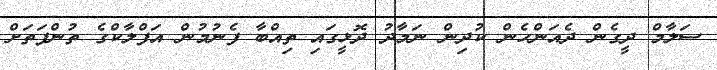
ސަލާމް ދީގެން ދެއަންހެން ކުދިން ނަމާދު ދޮޅީގައި ތިއްބާ ފެނުމުން އަފްލާކްގެ ތުންފަތަށް